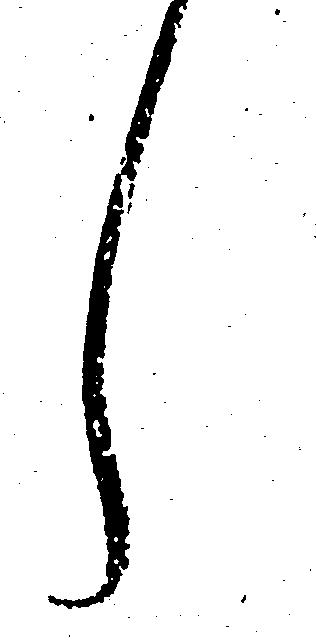
し